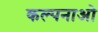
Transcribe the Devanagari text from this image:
कल्पनाओ